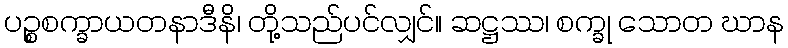
ပဉ္စစက္ခာယတနာဒီနိ၊ တို့သည်ပင်လျှင်။ ဆဋ္ဌဿ၊ စက္ခု သောတ ဃာန